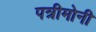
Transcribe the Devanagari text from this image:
पत्रीमोनी